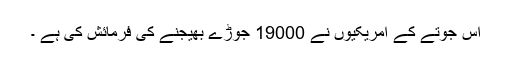
اس جوتے کے امریکیوں نے 19000 جوڑے بھیجنے کی فرمائش کی ہے ۔